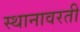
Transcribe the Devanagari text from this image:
स्थानावरती